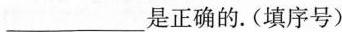
___是正确的.(填序号)